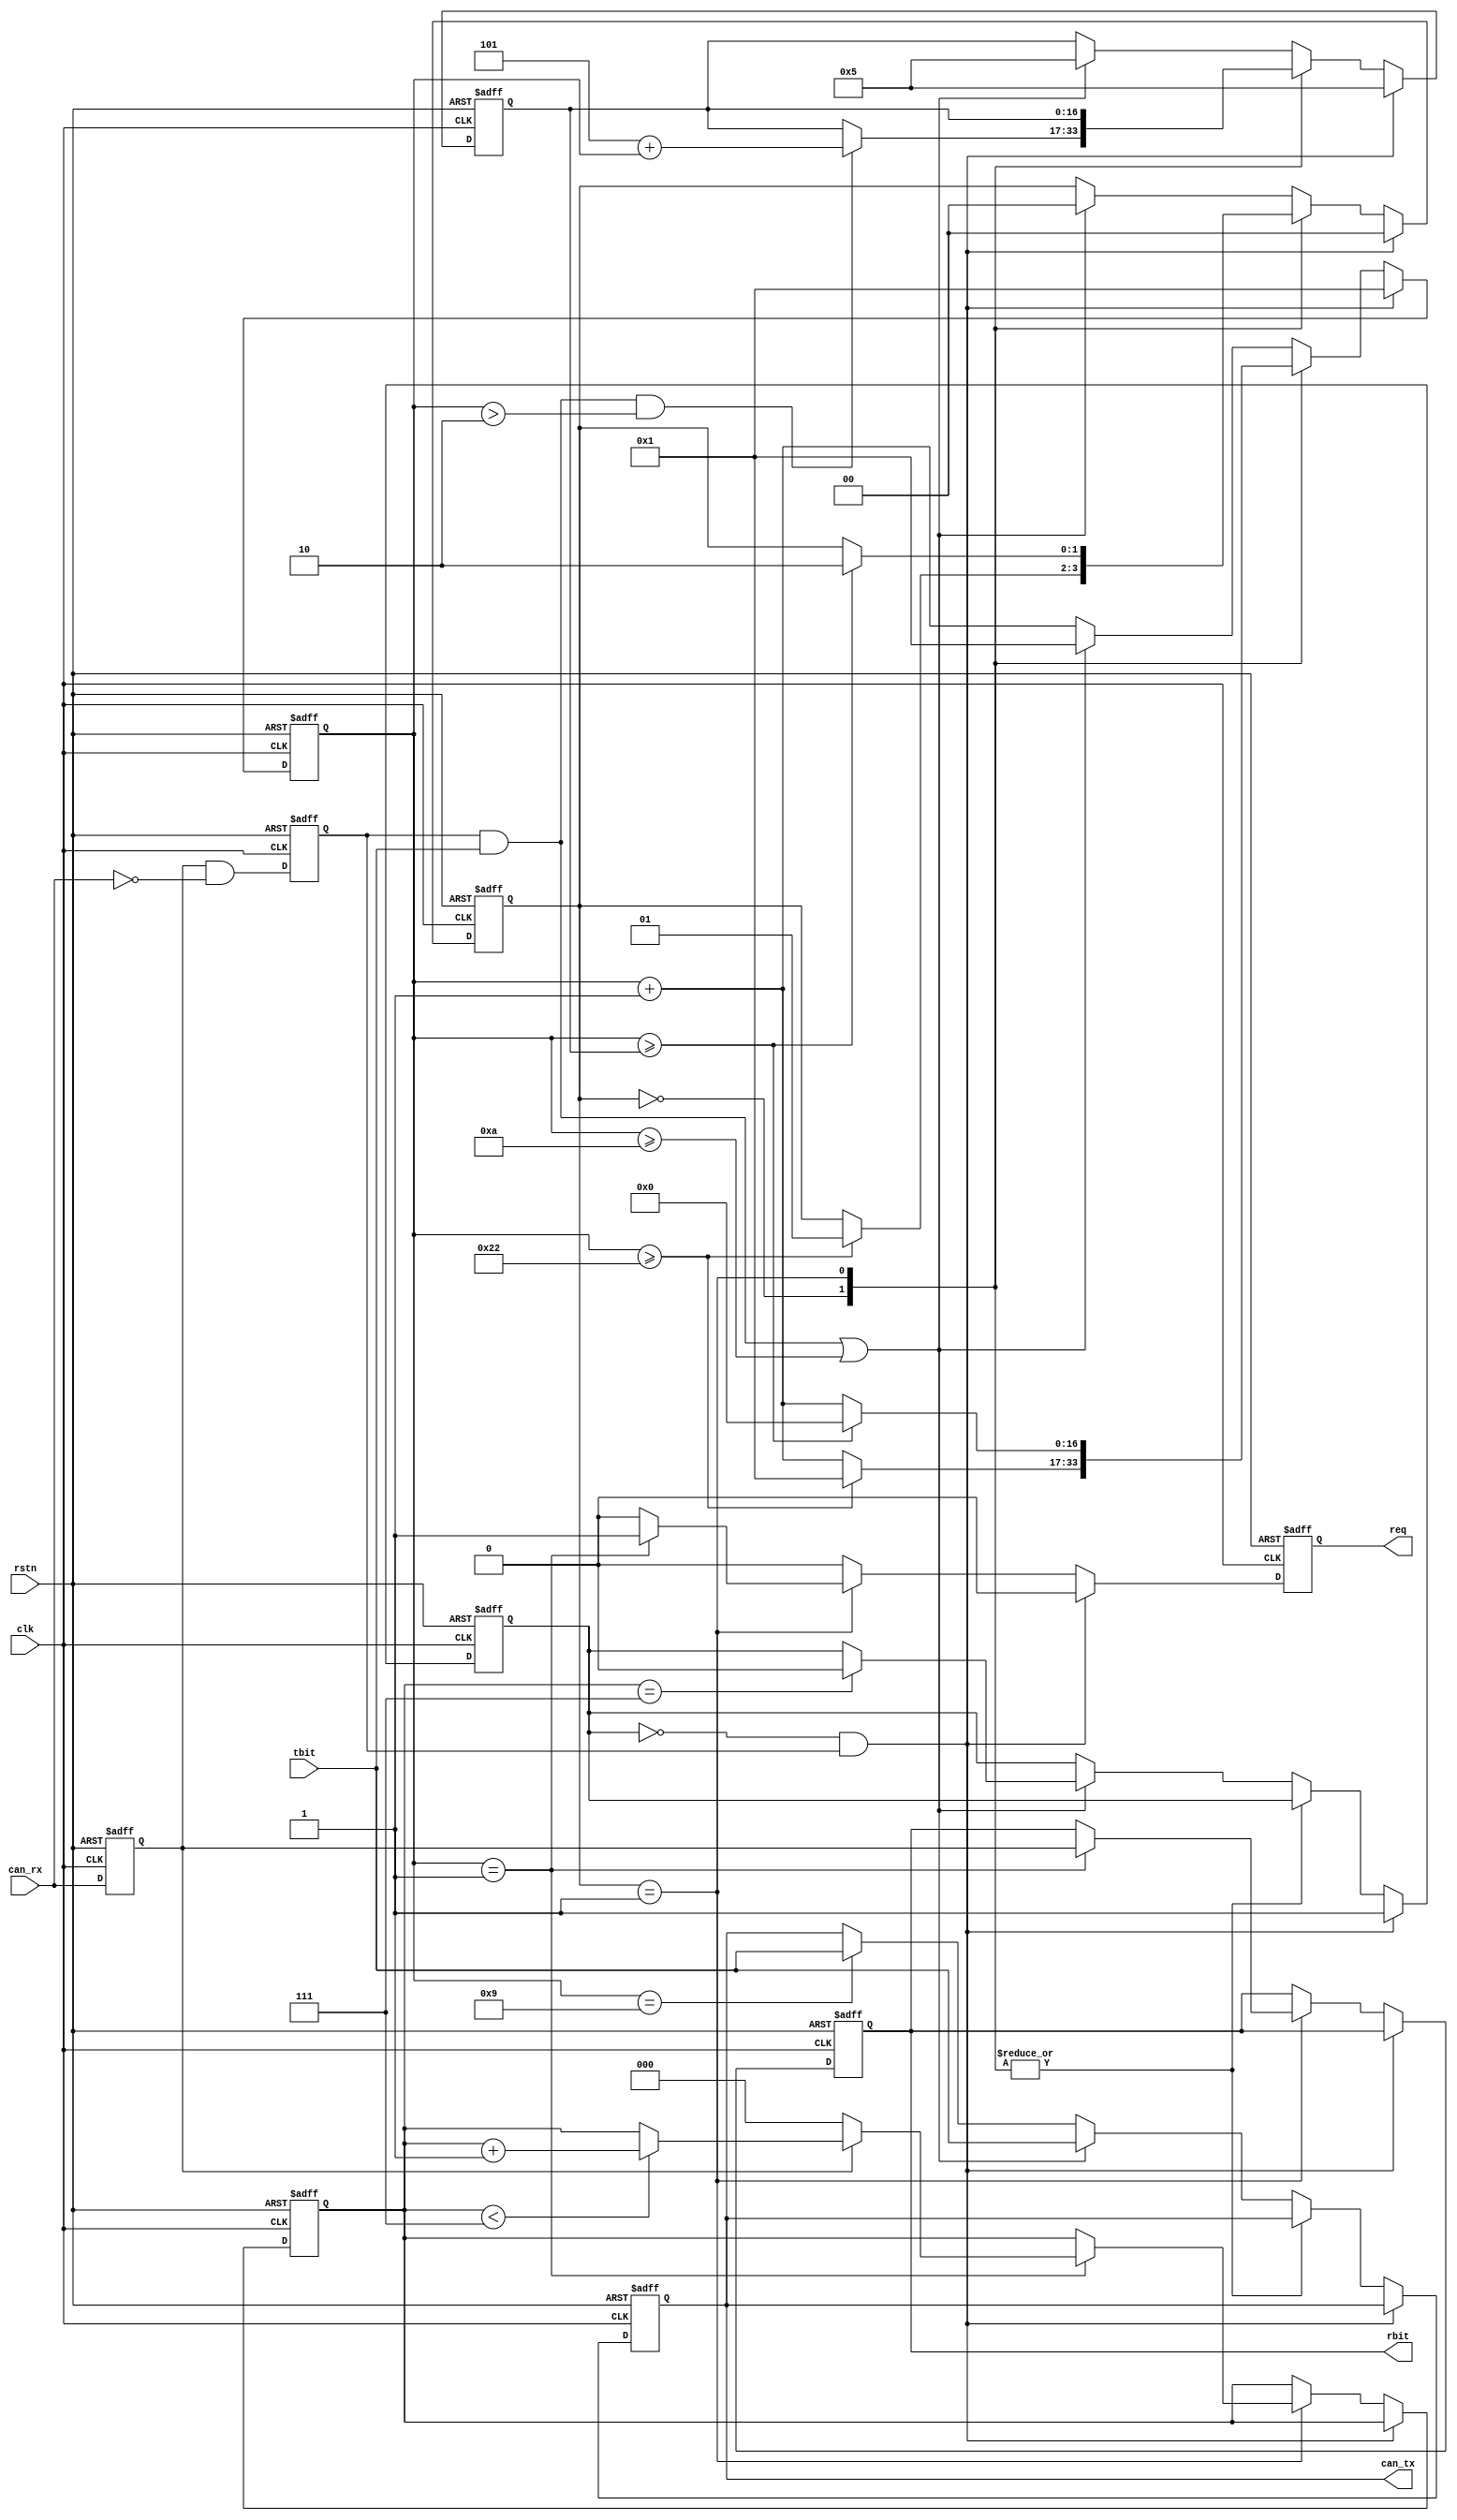
module can_level_bit #(
    parameter [15:0] default_c_PTS  = 16'd34,
    parameter [15:0] default_c_PBS1 = 16'd5,
    parameter [15:0] default_c_PBS2 = 16'd10
) (
    input  wire        rstn,
    input  wire        clk,
    // CAN TX and RX
    input  wire        can_rx,
    output reg         can_tx,
    // user interface
    output reg         req,   // 
    output reg         rbit,  //  req = 1 
    input  wire        tbit   // next bit to transmit, must set at the cycle after req=1
);


initial can_tx = 1'b1;
initial req  = 1'b0;
initial rbit = 1'b1;

reg        rx_buf = 1'b1;
reg        rx_fall = 1'b0;

always @ (posedge clk or negedge rstn)
    if(~rstn) begin
        rx_buf  <= 1'b1;
        rx_fall <= 1'b0;
    end else begin
        rx_buf  <= can_rx;
        rx_fall <= rx_buf & ~can_rx;
    end


localparam [16:0] default_c_PTS_e  = {1'b0, default_c_PTS};
localparam [16:0] default_c_PBS1_e = {1'b0, default_c_PBS1};
localparam [16:0] default_c_PBS2_e = {1'b0, default_c_PBS2};

reg  [16:0] adjust_c_PBS1 = 17'd0;
reg  [ 2:0] cnt_high = 3'd0;
reg  [16:0] cnt = 17'd1;
reg         inframe = 1'b0;

localparam [1:0] STAT_PTS  = 2'd0,
                 STAT_PBS1 = 2'd1,
                 STAT_PBS2 = 2'd2;

reg [1:0] stat = STAT_PTS;


always @ (posedge clk or negedge rstn)
    if(~rstn) begin
        can_tx <= 1'b1;
        req <= 1'b0;
        rbit <= 1'b1;
        adjust_c_PBS1 <= 8'd0;
        cnt_high <= 3'd0;
        cnt <= 17'd1;
        stat <= STAT_PTS;
        inframe <= 1'b0;
    end else begin
        req <= 1'b0;
        if(~inframe & rx_fall) begin
            adjust_c_PBS1 <= default_c_PBS1_e;
            cnt <= 17'd1;
            stat <= STAT_PTS;
            inframe <= 1'b1;
        end else begin
            case(stat)
                STAT_PTS: begin
                    if( (rx_fall & tbit) && cnt>17'd2 )
                        adjust_c_PBS1 <= default_c_PBS1_e + cnt;
                    if(cnt>=default_c_PTS_e) begin
                        cnt <= 17'd1;
                        stat <= STAT_PBS1;
                    end else
                        cnt <= cnt + 17'd1;
                end
                
                STAT_PBS1: begin
                    if(cnt==17'd1) begin
                        req <= 1'b1;
                        rbit <= rx_buf;   // sampling bit
                        cnt_high <= rx_buf ? cnt_high<3'd7 ? cnt_high+3'd1 : cnt_high : 3'd0;
                    end
                    if(cnt>=adjust_c_PBS1) begin
                        cnt <= 17'd0;
                        stat <= STAT_PBS2;
                    end else
                        cnt <= cnt + 17'd1;
                end
                
                default : begin   // STAT_PBS2 : 
                    if( (rx_fall & tbit) || (cnt>=default_c_PBS2_e) ) begin
                        can_tx <= tbit;
                        adjust_c_PBS1 <= default_c_PBS1_e;
                        cnt <= 17'd1;
                        stat <= STAT_PTS;
                        if(cnt_high==3'd7) inframe <= 1'b0;
                    end else begin
                        cnt <= cnt + 17'd1;
                        if(cnt==default_c_PBS2_e-17'd1)
                            can_tx <= tbit;
                    end
                end
            endcase
        end
    end

endmodule